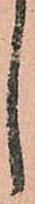
し